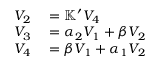
\begin{array} { r l } { V _ { 2 } } & { { } = \mathbb { K } ^ { \prime } V _ { 4 } } \\ { V _ { 3 } } & { { } = \alpha _ { 2 } V _ { 1 } + \beta V _ { 2 } } \\ { V _ { 4 } } & { { } = \beta V _ { 1 } + \alpha _ { 1 } V _ { 2 } } \end{array}